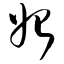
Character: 始